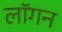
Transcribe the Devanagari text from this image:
लॉगन